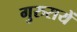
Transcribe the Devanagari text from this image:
गुरुरायें